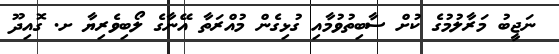
ނަޖީބު މަރާލުމުގެ ކުށް ސާބިތުވުމާއި ގުޅިގެން މުއްރަތާ އޭނާގެ ލޯބިވެރިޔާ ށ. ގޮއިދޫ